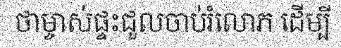
ថាម្ចាស់ផ្ទះជួលចាប់រំលោភ ដើម្បី